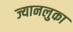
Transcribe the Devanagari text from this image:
ज्यानलुका